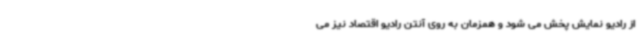
از رادیو نمایش پخش می شود و همزمان به روی آنتن رادیو اقتصاد نیز می